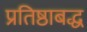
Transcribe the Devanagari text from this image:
प्रतिष्ठाबद्ध